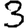
Digit: 3